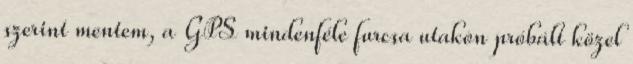
szerint mentem, a GPS mindenféle furcsa utakon próbált közel